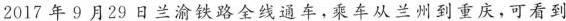
2017年9月29日兰渝铁路全线通车，乘车从兰州到重庆，可看到